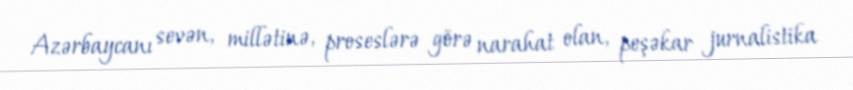
Azərbaycanı sevən, millətinə, proseslərə görə narahat olan, peşəkar jurnalistika